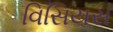
વિસિયસ